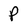
Character: P